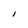
Character: I